Civil Veterinary Department. Central Provinces & Berar 1932-41 - 1932-1941
Year: 1932
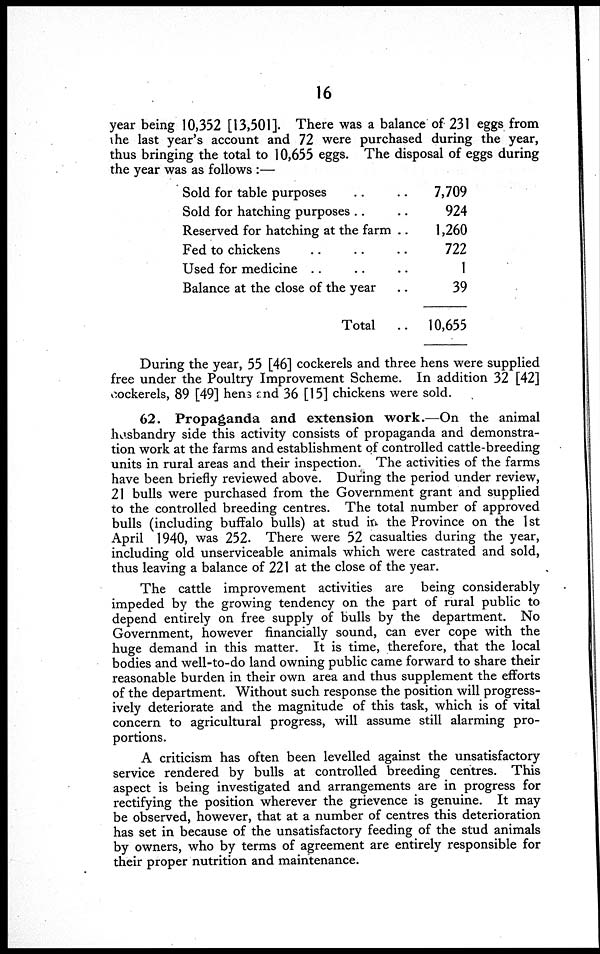
16
year being 10,352 [13,501]. There was a balance of 231 eggs from
the last year's account and 72 were purchased during the year,
thus bringing the total to 10,655 eggs. The disposal of eggs during
the year was as follows:—
Sold for table purposes ..
Sold for hatching purposes ..
Reserved for hatching at the farm ..
Fed to chickens .. ..
Used for medicine .. ..
Balance at the close of the year ..
Total
7,709
924
1,260
722
1
39
10,655
During the year, 55 [46] cockerels and three hens were supplied
free under the Poultry Improvement Scheme. In addition 32 [42]
cockerels, 89 [49] hens and 36 [15] chickens were sold.
62. Propaganda and extension work.—On the animal
husbandry side this activity consists of propaganda and demonstra-
tion work at the farms and establishment of controlled cattle-breeding
units in rural areas and their inspection. The activities of the farms
have been briefly reviewed above. During the period under review,
21 bulls were purchased from the Government grant and supplied
to the controlled breeding centres. The total number of approved
bulls (including buffalo bulls) at stud in the Province on the 1st
April 1940, was 252. There were 52 casualties during the year,
including old unserviceable animals which were castrated and sold,
thus leaving a balance of 221 at the close of the year.
The cattle improvement activities are being considerably
impeded by the growing tendency on the part of rural public to
depend entirely on free supply of bulls by the department. No
Government, however financially sound, can ever cope with the
huge demand in this matter. It is time, therefore, that the local
bodies and well-to-do land owning public came forward to share their
reasonable burden in their own area and thus supplement the efforts
of the department. Without such response the position will progress-
ively deteriorate and the magnitude of this task, which is of vital
concern to agricultural progress, will assume still alarming pro-
portions.
A criticism has often been levelled against the unsatisfactory
service rendered by bulls at controlled breeding centres. This
aspect is being investigated and arrangements are in progress for
rectifying the position wherever the grievence is genuine. It may
be observed, however, that at a number of centres this deterioration
has set in because of the unsatisfactory feeding of the stud animals
by owners, who by terms of agreement are entirely responsible for
their proper nutrition and maintenance.